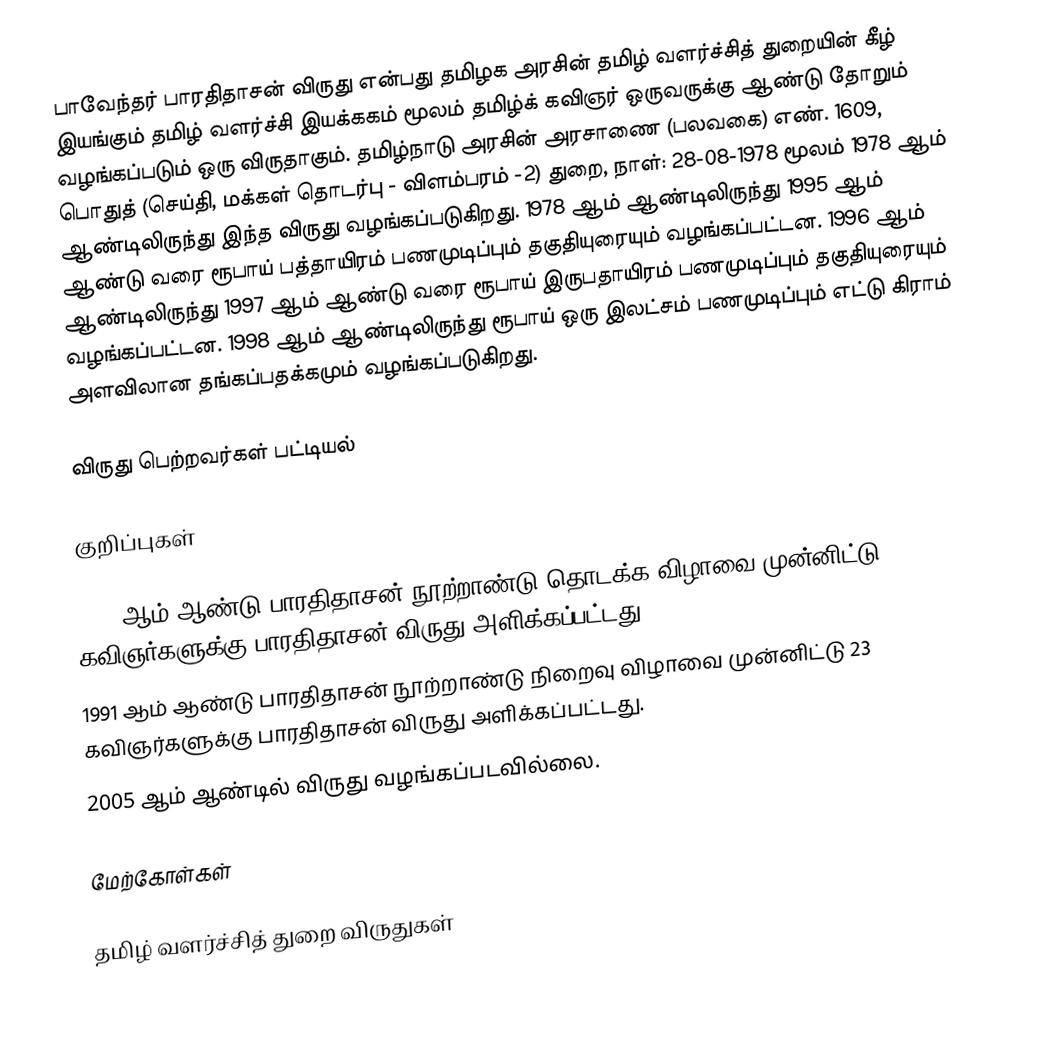
பாவேந்தர் பாரதிதாசன் விருது என்பது தமிழக அரசின் தமிழ் வளர்ச்சித் துறையின் கீழ் இயங்கும் தமிழ் வளர்ச்சி இயக்ககம் மூலம் தமிழ்க் கவிஞர் ஒருவருக்கு ஆண்டு தோறும் வழங்கப்படும் ஒரு விருதாகும். தமிழ்நாடு அரசின் அரசாணை (பலவகை) எண். 1609, பொதுத் (செய்தி, மக்கள் தொடர்பு - விளம்பரம் -2) துறை, நாள்: 28-08-1978 மூலம் 1978 ஆம் ஆண்டிலிருந்து இந்த விருது வழங்கப்படுகிறது. 1978 ஆம் ஆண்டிலிருந்து 1995 ஆம் ஆண்டு வரை ரூபாய் பத்தாயிரம் பணமுடிப்பும் தகுதியுரையும் வழங்கப்பட்டன. 1996 ஆம் ஆண்டிலிருந்து 1997 ஆம் ஆண்டு வரை ரூபாய் இருபதாயிரம் பணமுடிப்பும் தகுதியுரையும் வழங்கப்பட்டன. 1998 ஆம் ஆண்டிலிருந்து ரூபாய் ஒரு இலட்சம் பணமுடிப்பும் எட்டு கிராம் அளவிலான தங்கப்பதக்கமும் வழங்கப்படுகிறது.

விருது பெற்றவர்கள் பட்டியல்

குறிப்புகள்

 1990 ஆம் ஆண்டு பாரதிதாசன் நூற்றாண்டு தொடக்க விழாவை முன்னிட்டு 21 கவிஞர்களுக்கு பாரதிதாசன் விருது அளிக்கப்பட்டது.
 1991 ஆம் ஆண்டு பாரதிதாசன் நூற்றாண்டு நிறைவு விழாவை முன்னிட்டு 23 கவிஞர்களுக்கு பாரதிதாசன் விருது அளிக்கப்பட்டது.
 2005 ஆம் ஆண்டில் விருது வழங்கப்படவில்லை.

மேற்கோள்கள்

தமிழ் வளர்ச்சித் துறை விருதுகள்